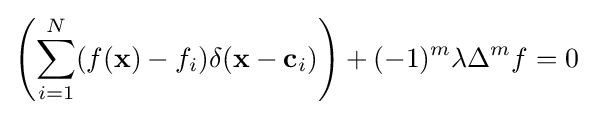
\left(\sum _{i=1}^{N}(f(\mathbf {x} )-f_{i})\delta (\mathbf {x} -\mathbf {c} _{i})\right)+(-1)^{m}\lambda \Delta ^{m}f=0